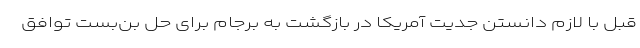
قبل با لازم دانستن جدیت آمریکا در بازگشت به برجام برای حل بن‌بست توافق